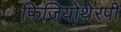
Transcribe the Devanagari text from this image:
फिजियोथेरपी